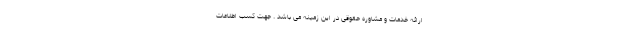
ارائه خدمات و مشاوره حقوقی در این زمینه می باشد . جهت کسب اطلاعات